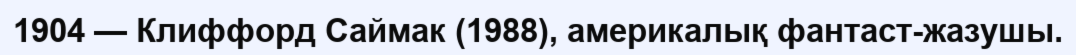
1904 — Клиффорд Саймак (1988), америкалық фантаст-жазушы.